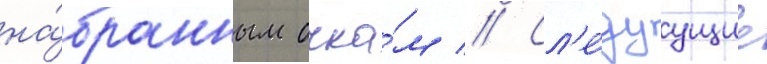
на́бранным очка́м // Сл'е́дуущие